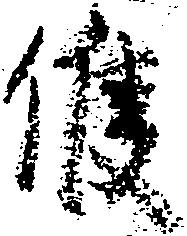
候